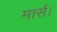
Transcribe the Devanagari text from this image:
मार्स।